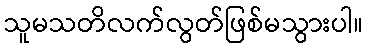
သူမသတိလက်လွတ်ဖြစ်မသွားပါ။